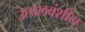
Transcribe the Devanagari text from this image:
उत्पलवंशीय